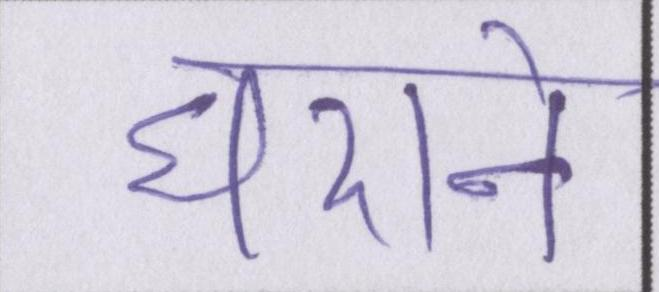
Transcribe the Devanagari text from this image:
घराने